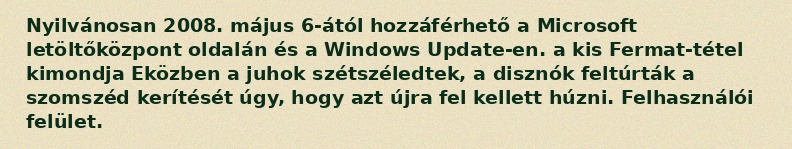
Nyilvánosan 2008. május 6-ától hozzáférhető a Microsoft letöltőközpont oldalán és a Windows Update-en. a kis Fermat-tétel kimondja Eközben a juhok szétszéledtek, a disznók feltúrták a szomszéd kerítését úgy, hogy azt újra fel kellett húzni. Felhasználói felület.